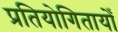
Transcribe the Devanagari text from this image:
प्रतियोगितायोँ